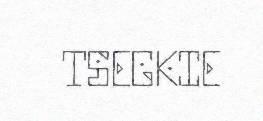
TSEGKIE